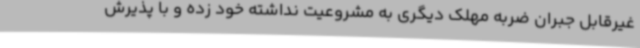
غیرقابل جبران ضربه مهلک دیگری به مشروعیت نداشته خود زده و با پذیرش